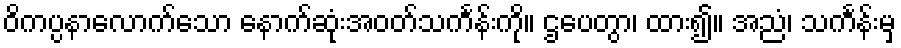
ဝိကပ္ပနာလောက်သော နောက်ဆုံးအဝတ်သင်္ကန်းကို။ ဌပေတွာ၊ ထား၍။ အညံ၊ သင်္ကန်းမှ